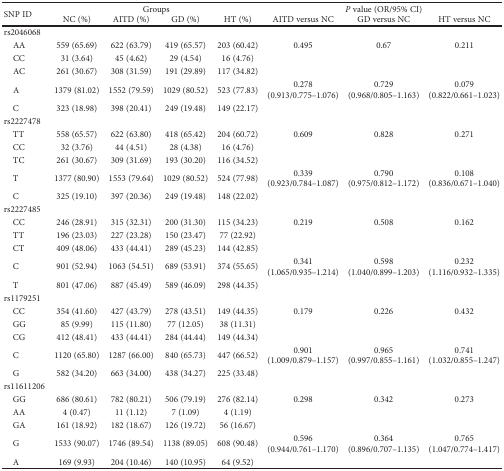
<table><thead><tr><td rowspan="2"><b>SNP ID</b></td><td colspan="4"><b>Groups</b></td><td colspan="3"><b><i>P</i> value (OR/95% CI)</b></td></tr><tr><td><b>NC (%)</b></td><td><b>AITD (%)</b></td><td><b>GD (%)</b></td><td><b>HT (%)</b></td><td><b>AITD versus NC</b></td><td><b>GD versus NC</b></td><td><b>HT versus NC</b></td></tr></thead><tbody><tr><td>rs2046068</td><td> </td><td> </td><td> </td><td> </td><td> </td><td> </td><td> </td></tr><tr><td> AA</td><td>559 (65.69)</td><td>622 (63.79)</td><td>419 (65.57)</td><td>203 (60.42)</td><td>0.495</td><td>0.67</td><td>0.211</td></tr><tr><td> CC</td><td>31 (3.64)</td><td>45 (4.62)</td><td>29 (4.54)</td><td>16 (4.76)</td><td></td><td></td><td></td></tr><tr><td> AC</td><td>261 (30.67)</td><td>308 (31.59)</td><td>191 (29.89)</td><td>117 (34.82)</td><td></td><td></td><td></td></tr><tr><td> A</td><td>1379 (81.02)</td><td>1552 (79.59)</td><td>1029 (80.52)</td><td>523 (77.83)</td><td>0.278 (0.913/0.775–1.076)</td><td>0.729 (0.968/0.805–1.163)</td><td>0.079 (0.822/0.661–1.023)</td></tr><tr><td> C</td><td>323 (18.98)</td><td>398 (20.41)</td><td>249 (19.48)</td><td>149 (22.17)</td><td></td><td></td><td></td></tr><tr><td>rs2227478</td><td> </td><td> </td><td> </td><td> </td><td> </td><td> </td><td> </td></tr><tr><td> TT</td><td>558 (65.57)</td><td>622 (63.80)</td><td>418 (65.42)</td><td>204 (60.72)</td><td>0.609</td><td>0.828</td><td>0.271</td></tr><tr><td> CC</td><td>32 (3.76)</td><td>44 (4.51)</td><td>28 (4.38)</td><td>16 (4.76)</td><td></td><td></td><td></td></tr><tr><td> TC</td><td>261 (30.67)</td><td>309 (31.69)</td><td>193 (30.20)</td><td>116 (34.52)</td><td></td><td></td><td></td></tr><tr><td> T</td><td>1377 (80.90)</td><td>1553 (79.64)</td><td>1029 (80.52)</td><td>524 (77.98)</td><td>0.339 (0.923/0.784–1.087)</td><td>0.790 (0.975/0.812–1.172)</td><td>0.108 (0.836/0.671–1.040)</td></tr><tr><td> C</td><td>325 (19.10)</td><td>397 (20.36)</td><td>249 (19.48)</td><td>148 (22.02)</td><td></td><td></td><td></td></tr><tr><td>rs2227485</td><td> </td><td> </td><td> </td><td> </td><td> </td><td> </td><td> </td></tr><tr><td> CC</td><td>246 (28.91)</td><td>315 (32.31)</td><td>200 (31.30)</td><td>115 (34.23)</td><td>0.219</td><td>0.508</td><td>0.162</td></tr><tr><td> TT</td><td>196 (23.03)</td><td>227 (23.28)</td><td>150 (23.47)</td><td>77 (22.92)</td><td></td><td></td><td></td></tr><tr><td> CT</td><td>409 (48.06)</td><td>433 (44.41)</td><td>289 (45.23)</td><td>144 (42.85)</td><td></td><td></td><td></td></tr><tr><td> C</td><td>901 (52.94)</td><td>1063 (54.51)</td><td>689 (53.91)</td><td>374 (55.65)</td><td>0.341 (1.065/0.935–1.214)</td><td>0.598 (1.040/0.899–1.203)</td><td>0.232 (1.116/0.932–1.335)</td></tr><tr><td> T</td><td>801 (47.06)</td><td>887 (45.49)</td><td>589 (46.09)</td><td>298 (44.35)</td><td></td><td></td><td></td></tr><tr><td>rs1179251</td><td> </td><td> </td><td> </td><td> </td><td> </td><td> </td><td> </td></tr><tr><td> CC</td><td>354 (41.60)</td><td>427 (43.79)</td><td>278 (43.51)</td><td>149 (44.35)</td><td>0.179</td><td>0.226</td><td>0.432</td></tr><tr><td> GG</td><td>85 (9.99)</td><td>115 (11.80)</td><td>77 (12.05)</td><td>38 (11.31)</td><td></td><td></td><td></td></tr><tr><td> CG</td><td>412 (48.41)</td><td>433 (44.41)</td><td>284 (44.44)</td><td>149 (44.34)</td><td></td><td></td><td></td></tr><tr><td> C</td><td>1120 (65.80)</td><td>1287 (66.00)</td><td>840 (65.73)</td><td>447 (66.52)</td><td>0.901 (1.009/0.879–1.157)</td><td>0.965 (0.997/0.855–1.161)</td><td>0.741 (1.032/0.855–1.247)</td></tr><tr><td> G</td><td>582 (34.20)</td><td>663 (34.00)</td><td>438 (34.27)</td><td>225 (33.48)</td><td></td><td></td><td></td></tr><tr><td>rs11611206</td><td> </td><td> </td><td> </td><td> </td><td> </td><td> </td><td> </td></tr><tr><td> GG</td><td>686 (80.61)</td><td>782 (80.21)</td><td>506 (79.19)</td><td>276 (82.14)</td><td>0.298</td><td>0.342</td><td>0.273</td></tr><tr><td> AA</td><td>4 (0.47)</td><td>11 (1.12)</td><td>7 (1.09)</td><td>4 (1.19)</td><td></td><td></td><td></td></tr><tr><td> GA</td><td>161 (18.92)</td><td>182 (18.67)</td><td>126 (19.72)</td><td>56 (16.67)</td><td></td><td></td><td></td></tr><tr><td> G</td><td>1533 (90.07)</td><td>1746 (89.54)</td><td>1138 (89.05)</td><td>608 (90.48)</td><td>0.596 (0.944/0.761–1.170)</td><td>0.364 (0.896/0.707–1.135)</td><td>0.765 (1.047/0.774–1.417)</td></tr><tr><td> A</td><td>169 (9.93)</td><td>204 (10.46)</td><td>140 (10.95)</td><td>64 (9.52)</td><td></td><td></td><td></td></tr></tbody></table>